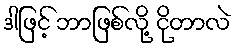
ဒါဖြင့် ဘာဖြစ်လို့ ငိုတာလဲ